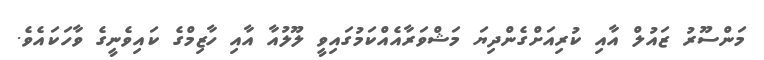
މަންސޫރު ޒައުލް އާއި ކުރިއަށްގެންދިޔަ މަޝްވަރާއެއްކަމުގައިވީ ލޫލުއާ އާއި ހާޒިމްގެ ކައިވެނީގެ ވާހަކައެވެ.